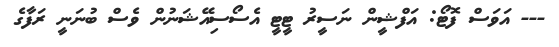
--- އަވަސް ފޮޓޯ: އަފްޝީން ނަސީރު ޓީޓީ އެސޯސިއޭޝަނުން ވެސް ބުނަނީ ރަފާގެ